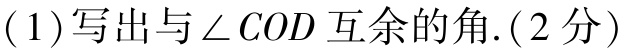
二、平行四边形